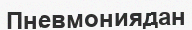
Пневмониядан